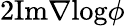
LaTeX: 2\mathrm{Im}\nabla\mathrm{log}\phi